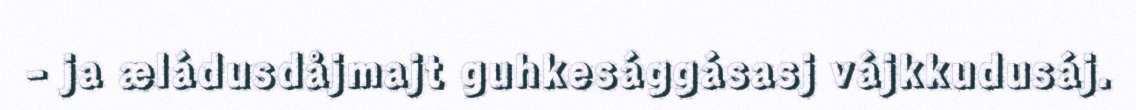
- ja æládusdåjmajt guhkesággásasj vájkkudusáj.